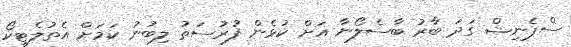
ސްޕެނިޝް ގަދަ ބާރު ބާސެލޯނާ އަށް ކުޅެން ފުރުސަތު ލިބުނު ކަމަށް އެތުލެޓިކޯ